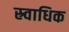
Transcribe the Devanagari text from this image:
स्र्वाधिक